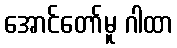
အောင်တော်မူ ဂါထာ